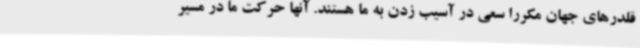
قلدرهای جهان مکررا سعی در آسیب زدن به ما هستند. آنها حرکت ما در مسیر